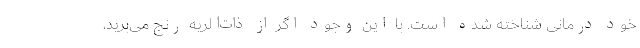
خود درمانی شناخته شده است. با این وجود اگر از ذات‌الریه رنج می‌برید،